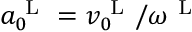
a _ { 0 } ^ { \mathrm { ~ L ~ } } = v _ { 0 } ^ { \mathrm { ~ L ~ } } / \omega ^ { \mathrm { ~ L ~ } }